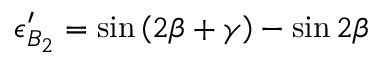
\epsilon _ { B _ { 2 } } ^ { \prime } = \sin \left( 2 \beta + \gamma \right) - \sin 2 \beta